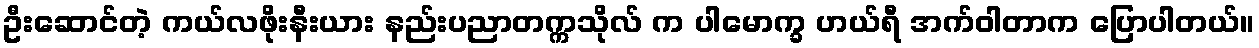
ဦးဆောင်တဲ့ ကယ်လဖိုးနီးယား နည်းပညာတက္ကသိုလ် က ပါမောက္ခ ဟယ်ရီ အက်ဝါတာက ပြောပါတယ်။